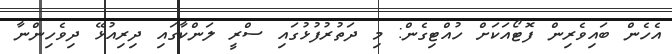
އެހެން ބައިވެރިން ފޮޓޯއަކަށް ހުއްޓިގެން: މި ދަތުރުފުޅުގައި ސްރީ ލަންކާގައި ދިރިއުޅޭ ދިވެހިންނާ